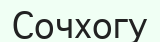
Сочхогу